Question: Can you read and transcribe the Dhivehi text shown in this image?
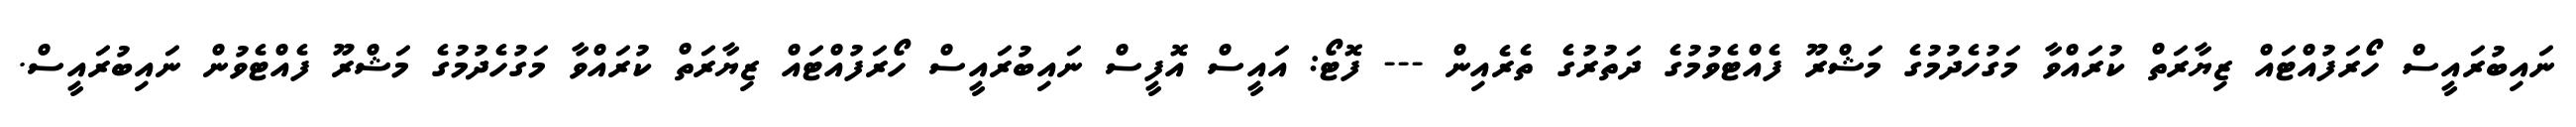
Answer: ނައިބުރައީސް ހޯރަފުއްޓައް ޒިޔާރަތް ކުރައްވާ މަގުހެދުމުގެ މަޝްރޫ ފެއްޓެވުމުގެ ދަތުރުގެ ތެރެއިން --- ފޮޓޯ: އައީސް އޮފީސް ނައިބުރައީސް ހޯރަފުއްޓައް ޒިޔާރަތް ކުރައްވާ މަގުހެދުމުގެ މަޝްރޫ ފެއްޓެވުން ނައިބުރައީސް.